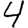
Digit: 4